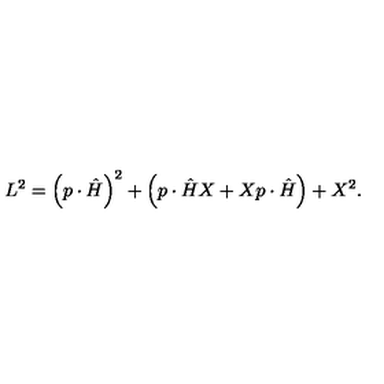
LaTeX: L ^ { 2 } = \left( p \cdot \hat { H } \right) ^ { 2 } + \left( p \cdot \hat { H } X + X p \cdot \hat { H } \right) + X ^ { 2 } .